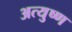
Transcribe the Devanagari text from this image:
अत्युष्ण